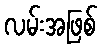
လမ်းအဖြစ်